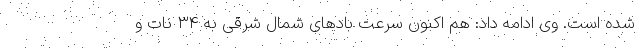
شده است. وی ادامه داد: هم اکنون سرعت بادهای شمال شرقی به ۳۴ نات و